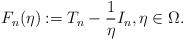
LaTeX: \begin{align*}F_n(\eta) := T_n - \frac{1}{\eta} I_n, \eta \in \Omega.\end{align*}